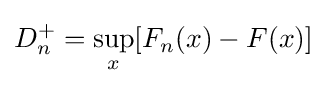
D_{n}^{+}=\sup _{x}[F_{n}(x)-F(x)]